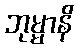
ဘုမ္မာနိ